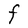
Character: F